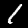
Digit: 1